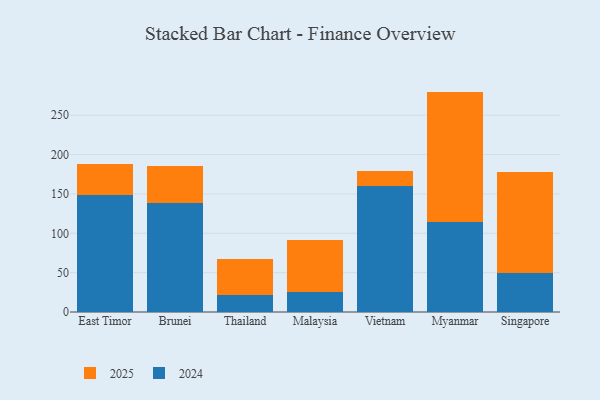
{"axis": {"x": "Country", "y": "Bounce Rate (%)"}, "legend": ["2024", "2025"], "data": [{"x": "East Timor", "y": 39.8, "type": "2025"}, {"x": "East Timor", "y": 148.5, "type": "2024"}, {"x": "Brunei", "y": 47.2, "type": "2025"}, {"x": "Brunei", "y": 138.3, "type": "2024"}, {"x": "Thailand", "y": 45.2, "type": "2025"}, {"x": "Thailand", "y": 21.8, "type": "2024"}, {"x": "Malaysia", "y": 65.2, "type": "2025"}, {"x": "Malaysia", "y": 25.9, "type": "2024"}, {"x": "Vietnam", "y": 18.3, "type": "2025"}, {"x": "Vietnam", "y": 160.5, "type": "2024"}, {"x": "Myanmar", "y": 165.9, "type": "2025"}, {"x": "Myanmar", "y": 114.2, "type": "2024"}, {"x": "Singapore", "y": 128.6, "type": "2025"}, {"x": "Singapore", "y": 49.3, "type": "2024"}]}